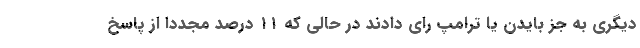
دیگری به جز بایدن یا ترامپ رای دادند در حالی که ۱۱ درصد مجددا از پاسخ